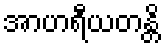
အာဟရီယတန္တိ